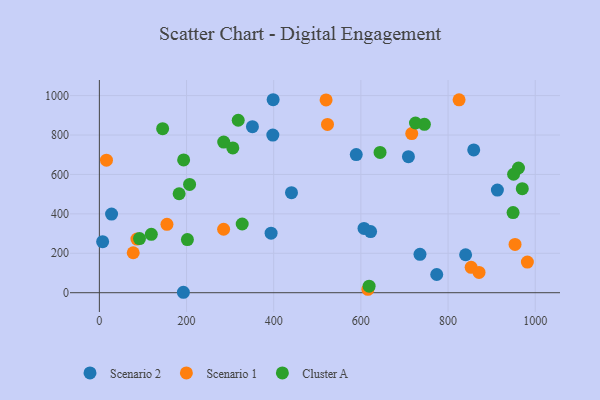
{"axis": {"x": "Distance", "y": "Fuel Efficiency"}, "legend": ["Cluster A", "Scenario 1", "Scenario 2"], "data": [{"x": "394.0", "y": 301.9, "type": "Scenario 2"}, {"x": "913.2", "y": 520.7, "type": "Scenario 2"}, {"x": "351.2", "y": 842.3, "type": "Scenario 2"}, {"x": "607.2", "y": 325.9, "type": "Scenario 2"}, {"x": "28.0", "y": 398.9, "type": "Scenario 2"}, {"x": "858.9", "y": 724.3, "type": "Scenario 2"}, {"x": "622.3", "y": 310.1, "type": "Scenario 2"}, {"x": "7.5", "y": 258.9, "type": "Scenario 2"}, {"x": "398.0", "y": 799.5, "type": "Scenario 2"}, {"x": "192.8", "y": 2.2, "type": "Scenario 2"}, {"x": "440.8", "y": 507.3, "type": "Scenario 2"}, {"x": "398.7", "y": 979.1, "type": "Scenario 2"}, {"x": "589.4", "y": 700.6, "type": "Scenario 2"}, {"x": "840.3", "y": 192.5, "type": "Scenario 2"}, {"x": "774.0", "y": 92.4, "type": "Scenario 2"}, {"x": "735.6", "y": 194.5, "type": "Scenario 2"}, {"x": "709.1", "y": 690.2, "type": "Scenario 2"}, {"x": "285.1", "y": 322.0, "type": "Scenario 1"}, {"x": "716.7", "y": 807.3, "type": "Scenario 1"}, {"x": "982.0", "y": 155.6, "type": "Scenario 1"}, {"x": "523.4", "y": 854.0, "type": "Scenario 1"}, {"x": "825.3", "y": 978.8, "type": "Scenario 1"}, {"x": "853.0", "y": 128.6, "type": "Scenario 1"}, {"x": "616.1", "y": 17.3, "type": "Scenario 1"}, {"x": "77.7", "y": 202.7, "type": "Scenario 1"}, {"x": "155.1", "y": 346.7, "type": "Scenario 1"}, {"x": "520.2", "y": 977.9, "type": "Scenario 1"}, {"x": "871.1", "y": 103.0, "type": "Scenario 1"}, {"x": "16.3", "y": 672.5, "type": "Scenario 1"}, {"x": "953.7", "y": 245.0, "type": "Scenario 1"}, {"x": "86.2", "y": 272.0, "type": "Scenario 1"}, {"x": "327.7", "y": 348.5, "type": "Cluster A"}, {"x": "92.1", "y": 274.5, "type": "Cluster A"}, {"x": "745.7", "y": 854.2, "type": "Cluster A"}, {"x": "949.2", "y": 406.5, "type": "Cluster A"}, {"x": "961.6", "y": 632.8, "type": "Cluster A"}, {"x": "950.4", "y": 601.0, "type": "Cluster A"}, {"x": "644.0", "y": 711.8, "type": "Cluster A"}, {"x": "306.2", "y": 734.5, "type": "Cluster A"}, {"x": "145.2", "y": 832.2, "type": "Cluster A"}, {"x": "202.0", "y": 269.5, "type": "Cluster A"}, {"x": "318.6", "y": 875.0, "type": "Cluster A"}, {"x": "183.0", "y": 502.1, "type": "Cluster A"}, {"x": "725.3", "y": 861.1, "type": "Cluster A"}, {"x": "285.3", "y": 764.0, "type": "Cluster A"}, {"x": "119.2", "y": 296.0, "type": "Cluster A"}, {"x": "207.0", "y": 549.3, "type": "Cluster A"}, {"x": "193.4", "y": 673.6, "type": "Cluster A"}, {"x": "970.3", "y": 527.8, "type": "Cluster A"}, {"x": "618.9", "y": 33.2, "type": "Cluster A"}]}